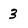
Character: 3